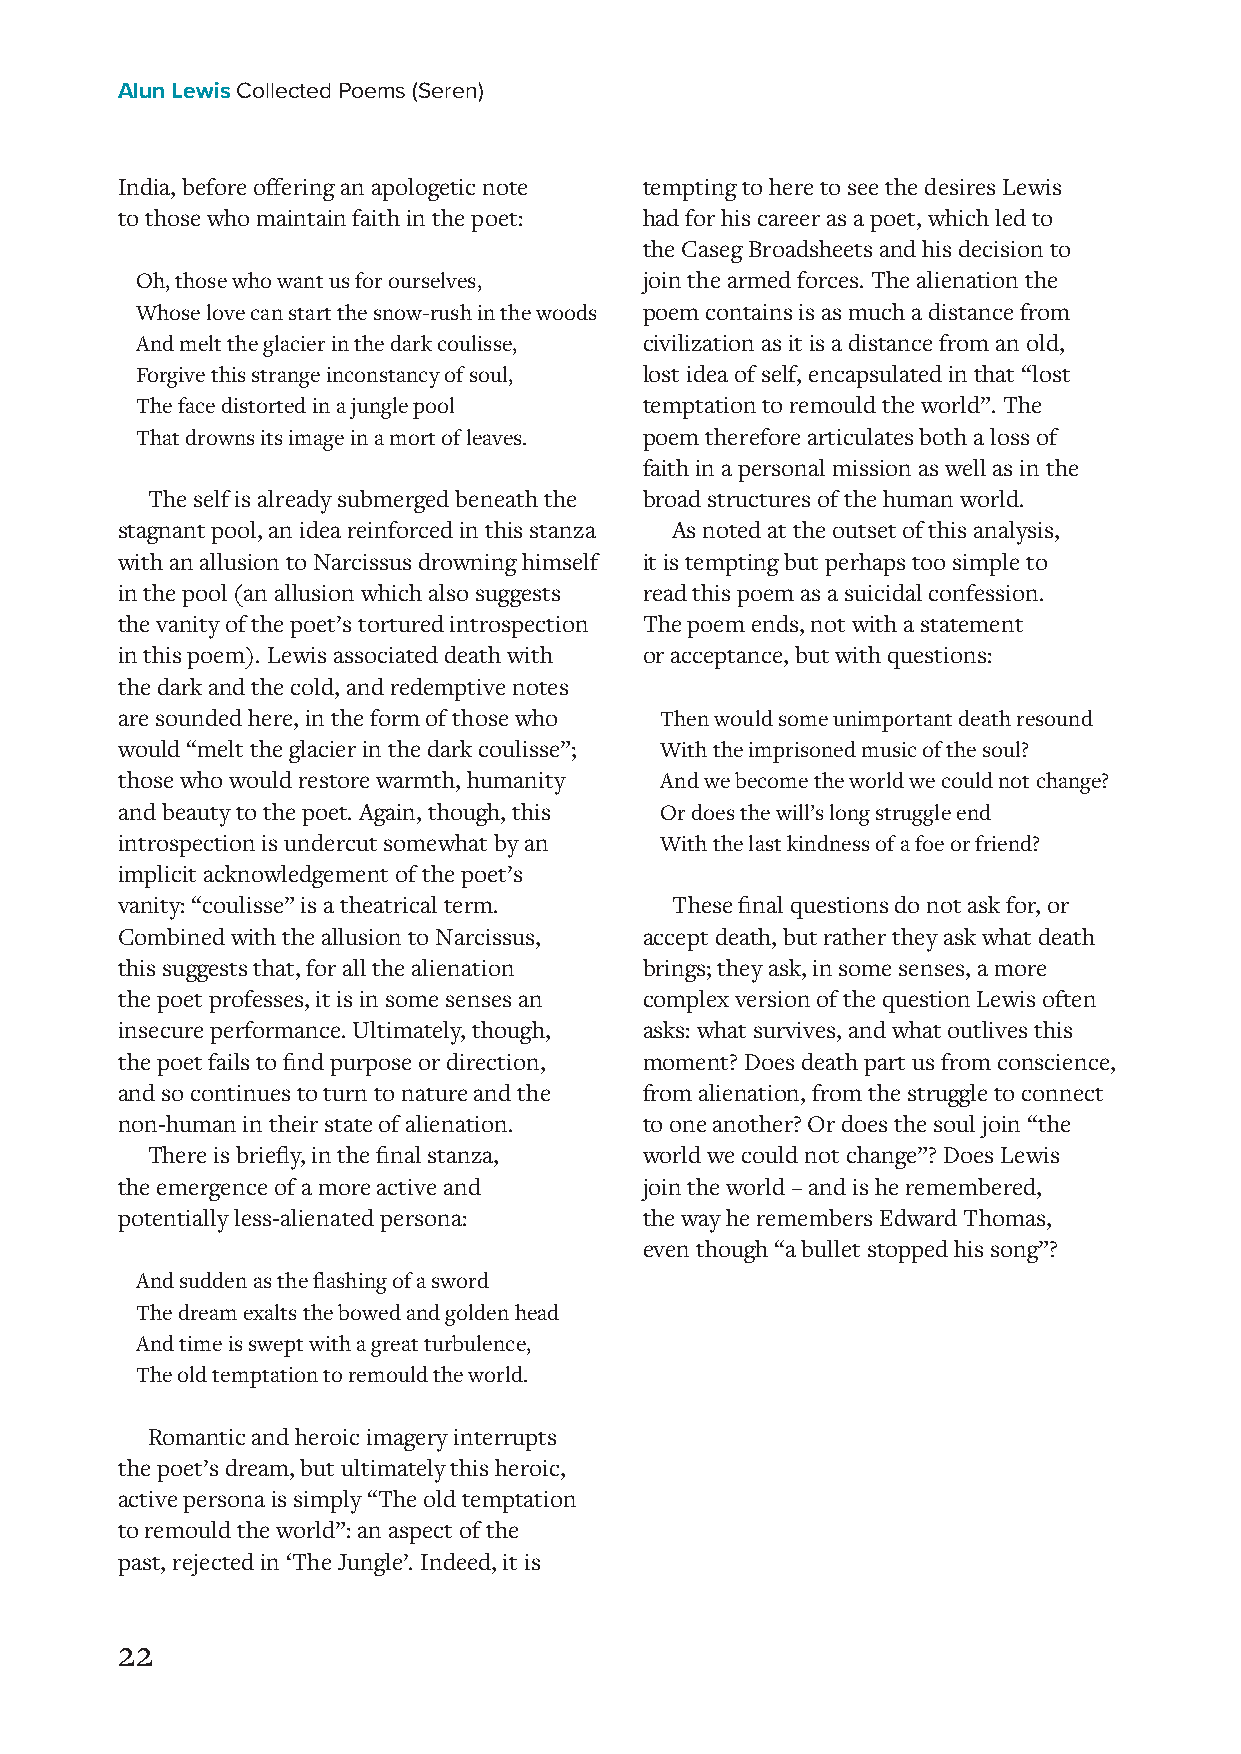
Alun Lewis Collected Poems (Seren)
 India, before offering an apologetic note tempting to here to see the desires Lewis
 to those who maintain faith in the poet: had for his career as a poet, which led to
 the Caseg Broadsheets and his decision to
 Oh, those who want us for ourselves, join the armed forces. The alienation the
 Whose love can start the snow-rush in the woods poem contains is as much a distance from
 And melt the glacier in the dark coulisse, civilization as it is a distance from an old,
 Forgive this strange inconstancy of soul, lost idea of self, encapsulated in that “lost
 The face distorted in a jungle pool temptation to remould the world”. The
 That drowns its image in a mort of leaves. poem therefore articulates both a loss of
 faith in a personal mission as well as in the
 The self is already submerged beneath the broad structures of the human world.
 stagnant pool, an idea reinforced in this stanza As noted at the outset of this analysis,
 with an allusion to Narcissus drowning himself it is tempting but perhaps too simple to
 in the pool (an allusion which also suggests read this poem as a suicidal confession.
 the vanity of the poet’s tortured introspection The poem ends, not with a statement
 in this poem). Lewis associated death with or acceptance, but with questions:
 the dark and the cold, and redemptive notes
 are sounded here, in the form of those who Then would some unimportant death resound
 would “melt the glacier in the dark coulisse”; With the imprisoned music of the soul?
 those who would restore warmth, humanity And we become the world we could not change?
 and beauty to the poet. Again, though, this Or does the will’s long struggle end
 introspection is undercut somewhat by an With the last kindness of a foe or friend?
 implicit acknowledgement of the poet’s
 vanity: “coulisse” is a theatrical term. These final questions do not ask for, or
 Combined with the allusion to Narcissus, accept death, but rather they ask what death
 this suggests that, for all the alienation brings; they ask, in some senses, a more
 the poet professes, it is in some senses an complex version of the question Lewis often
 insecure performance. Ultimately, though, asks: what survives, and what outlives this
 the poet fails to find purpose or direction, moment? Does death part us from conscience,
 and so continues to turn to nature and the from alienation, from the struggle to connect
 non-human in their state of alienation. to one another? Or does the soul join “the
 There is briefly, in the final stanza, world we could not change”? Does Lewis
 the emergence of a more active and join the world – and is he remembered,
 potentially less-alienated persona: the way he remembers Edward Thomas,
 even though “a bullet stopped his song”?
 And sudden as the flashing of a sword
 The dream exalts the bowed and golden head
 And time is swept with a great turbulence,
 The old temptation to remould the world.
 Romantic and heroic imagery interrupts
 the poet’s dream, but ultimately this heroic,
 active persona is simply “The old temptation
 to remould the world”: an aspect of the
 past, rejected in ‘The Jungle’. Indeed, it is
 22